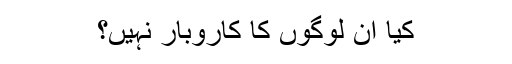
کیا ان لوگوں کا کاروبار نہیں؟